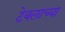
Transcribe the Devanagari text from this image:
टेबलाच्या